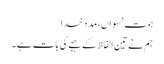
ہمت نسواں، مد د خدا
ہم نے تین الفاظ کے ہجے کی بات ہے۔